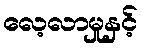
လေ့လာမှုနှင့်